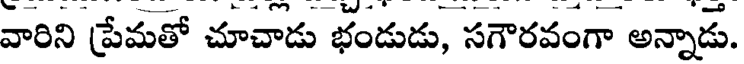
వారిని ప్రేమతో చూచాడు భండుడు, సగౌరవంగా అన్నాడు.